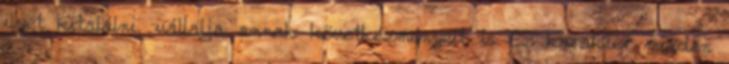
ilyet kitalálni, vállalja annak következményeit is Ez karakter minden